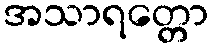
အသာရတ္တော